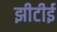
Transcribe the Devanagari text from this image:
झीटीई